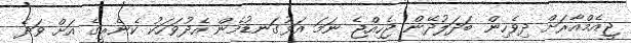
ޖީއެމްއާރަށް ދިވެހިން ބަދަލުދޭން ޖެހިއްޖެ ނަމަ އަޅުގަނޑުމެން އެދުވަހަކު ކެނެރީގެ އަށް ވަދެ